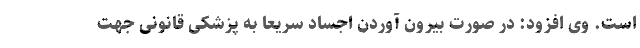
است. وی افزود: در صورت بیرون آوردن اجساد سریعاً به پزشکی قانونی جهت